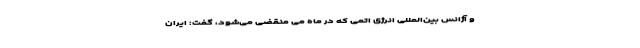
و آژانس بین‌المللی انرژی اتمی که در ماه می منقضی می‌شود، گفت: ایران